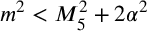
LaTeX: m ^ { 2 } < M _ { 5 } ^ { 2 } + 2 \alpha ^ { 2 }